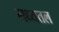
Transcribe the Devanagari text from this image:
मध्यतल